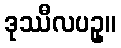
ဒုဿီလပဥှ။